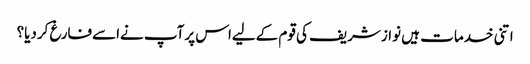
اتنی خدمات ہیں نوازشریف کی قوم کےلیےاس پرآپ نےاسےفارغ کردیا؟